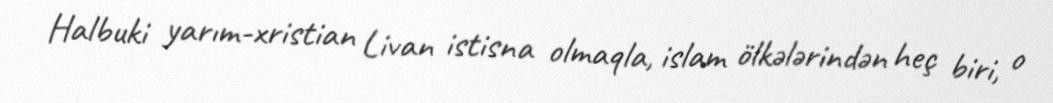
Halbuki yarım-xristian Livan istisna olmaqla, islam ölkələrindən heç biri, o